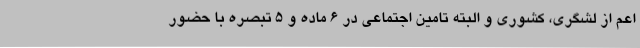
اعم از لشگری، کشوری و البته تامین اجتماعی در ۶ ماده و ۵ تبصره با حضور